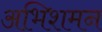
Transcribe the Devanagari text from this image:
अभिशमन